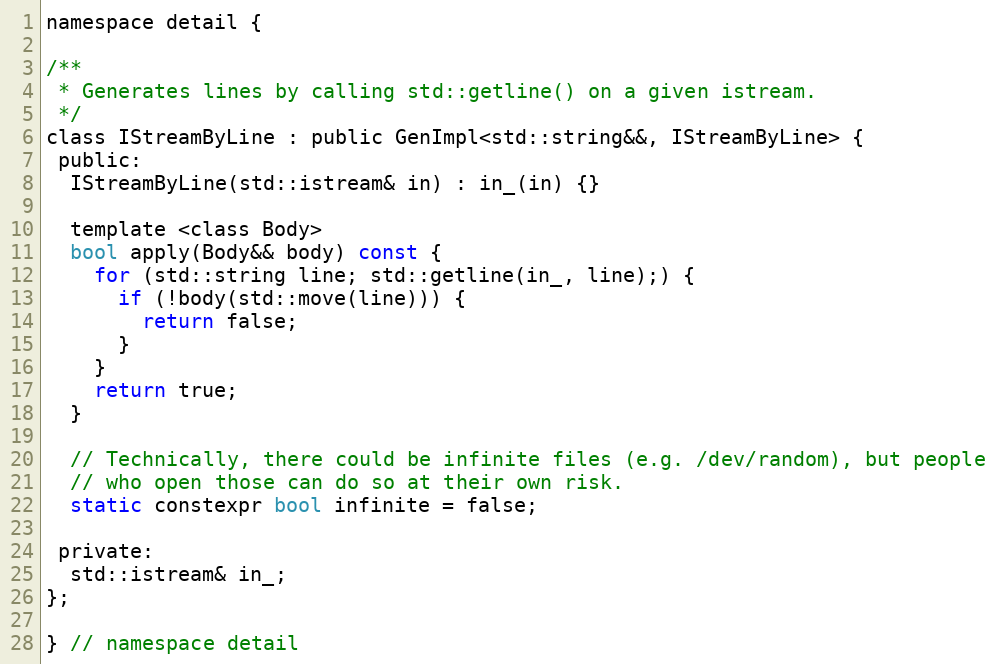
Language: C
namespace detail {

/**
 * Generates lines by calling std::getline() on a given istream.
 */
class IStreamByLine : public GenImpl<std::string&&, IStreamByLine> {
 public:
  IStreamByLine(std::istream& in) : in_(in) {}

  template <class Body>
  bool apply(Body&& body) const {
    for (std::string line; std::getline(in_, line);) {
      if (!body(std::move(line))) {
        return false;
      }
    }
    return true;
  }

  // Technically, there could be infinite files (e.g. /dev/random), but people
  // who open those can do so at their own risk.
  static constexpr bool infinite = false;

 private:
  std::istream& in_;
};

} // namespace detail